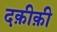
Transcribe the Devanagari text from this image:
दक़ीक़ी